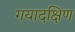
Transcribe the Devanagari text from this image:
गयादक्षिण